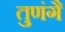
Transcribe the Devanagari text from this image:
तुणंगै